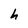
Character: h